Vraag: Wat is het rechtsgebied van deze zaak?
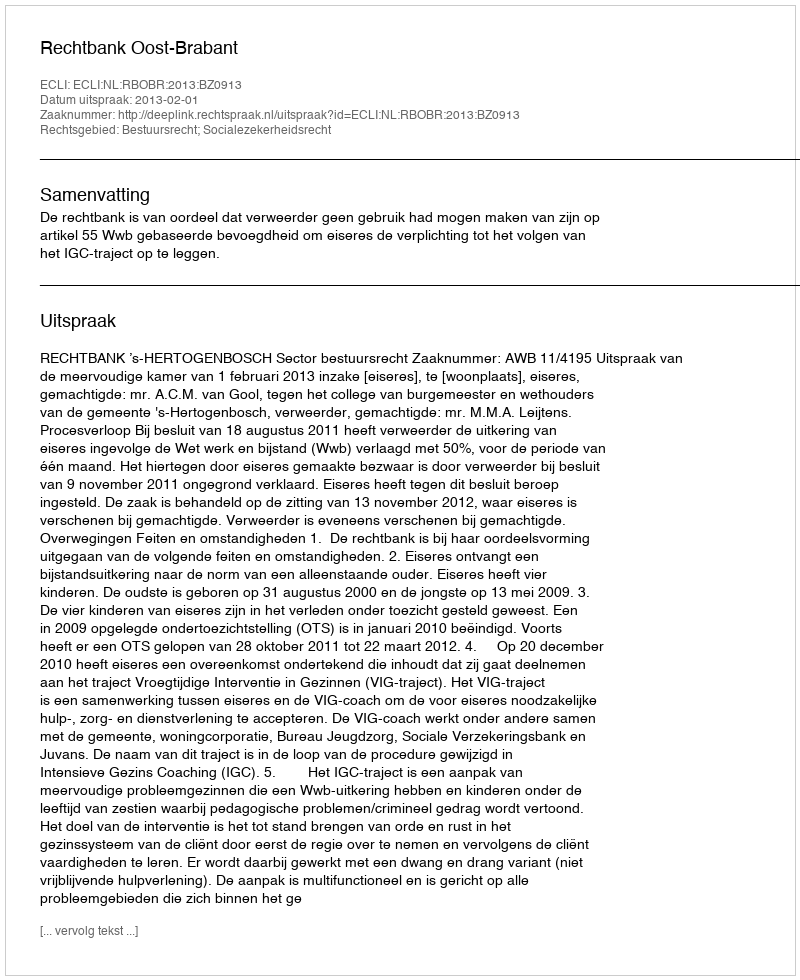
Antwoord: Bestuursrecht; Socialezekerheidsrecht